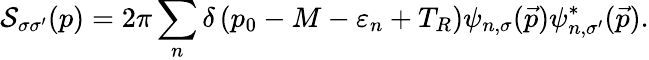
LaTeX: {\cal S}_{\sigma\sigma^{\prime}}(p)=2\pi\sum_{n}\delta\left(p_{0}-M-\varepsilon_{n}+T_{R}\right)\psi_{n,\sigma}({\vec{p}})\psi_{n,\sigma^{\prime}}^{*}({\vec{p}}).